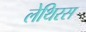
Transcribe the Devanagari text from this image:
लेथिरस